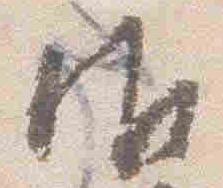
御